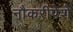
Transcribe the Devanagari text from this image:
नौकरीपेशे